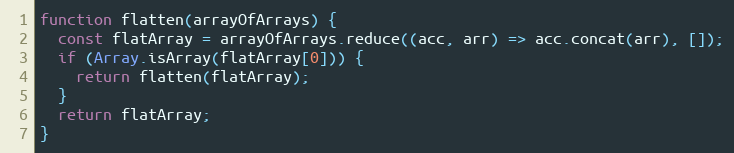
Language: JavaScript
function flatten(arrayOfArrays) {
  const flatArray = arrayOfArrays.reduce((acc, arr) => acc.concat(arr), []);
  if (Array.isArray(flatArray[0])) {
    return flatten(flatArray);
  }
  return flatArray;
}